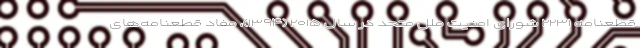
قطعنامه ۲۲۳۱ شورای امنیت ملل متحد در سال ۲۰۱۵ (۱۳۹۴)، مفاد قطعنامه‌های